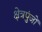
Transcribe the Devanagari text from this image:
क्षेत्रपुंजों